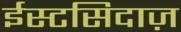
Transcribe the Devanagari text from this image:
ईस्टसिदाज़